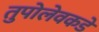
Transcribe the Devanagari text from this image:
तुपोलेवकडे